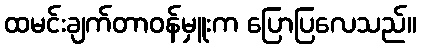
ထမင်းချက်တာဝန်မှူးက ပြောပြလေသည်။